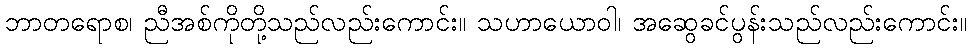
ဘာတရောစ၊ ညီအစ်ကိုတို့သည်လည်းကောင်း။ သဟာယောဝါ၊ အဆွေခင်ပွန်းသည်လည်းကောင်း။